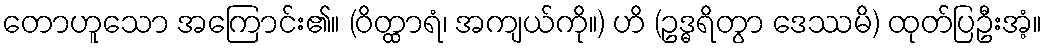
တောဟူသော အကြောင်း၏။ (ဝိတ္ထာရံ၊ အကျယ်ကို။) ဟိ (ဥဒ္ဓရိတွာ ဒေဿမိ) ထုတ်ပြဦးအံ့။